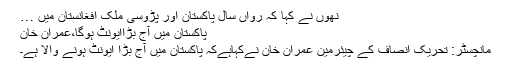
نھوں نے کہا کہ رواں سال پاکستان اور پڑوسی ملک افغانستان میں …
پاکستان میں آج بڑاایونٹ ہوگا،عمران خان
مانچسٹر: تحریک انصاف کے چیئرمین عمران خان نےکہاہےکہ پاکستان میں آج بڑا ایونٹ ہونے والا ہے۔